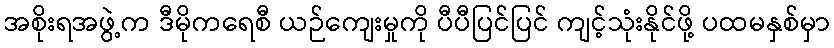
အစိုးရအဖွဲ့က ဒီမိုကရေစီ ယဉ်ကျေးမှုကို ပီပီပြင်ပြင် ကျင့်သုံးနိုင်ဖို့ ပထမနှစ်မှာ